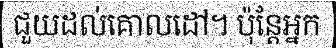
ជួយដល់គោលដៅ។ ប៉ុន្តែអ្នក